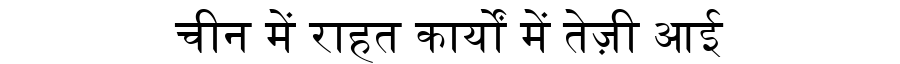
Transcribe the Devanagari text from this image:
चीन में राहत कार्यों में तेज़ी आई